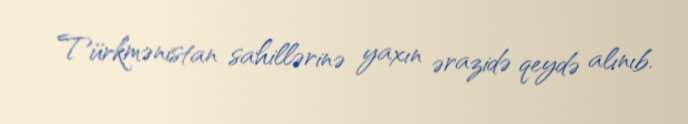
Türkmənistan sahillərinə yaxın ərazidə qeydə alınıb.